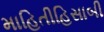
માહિતીહિસાબી